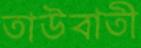
তাউবাতী